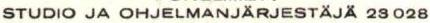
STUDIO JA OHJELMANJÄRJESTÄJÄ 23 028